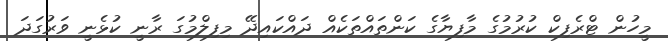
މީހުން ޓްރެފިކް ކުރުމުގެ މާފިޔާގެ ކަންތައްތަކެއް ދައްކައިދޭ މިފިލްމުގަ ރާނީ ކުޅެނީ ވަރުގަދަ